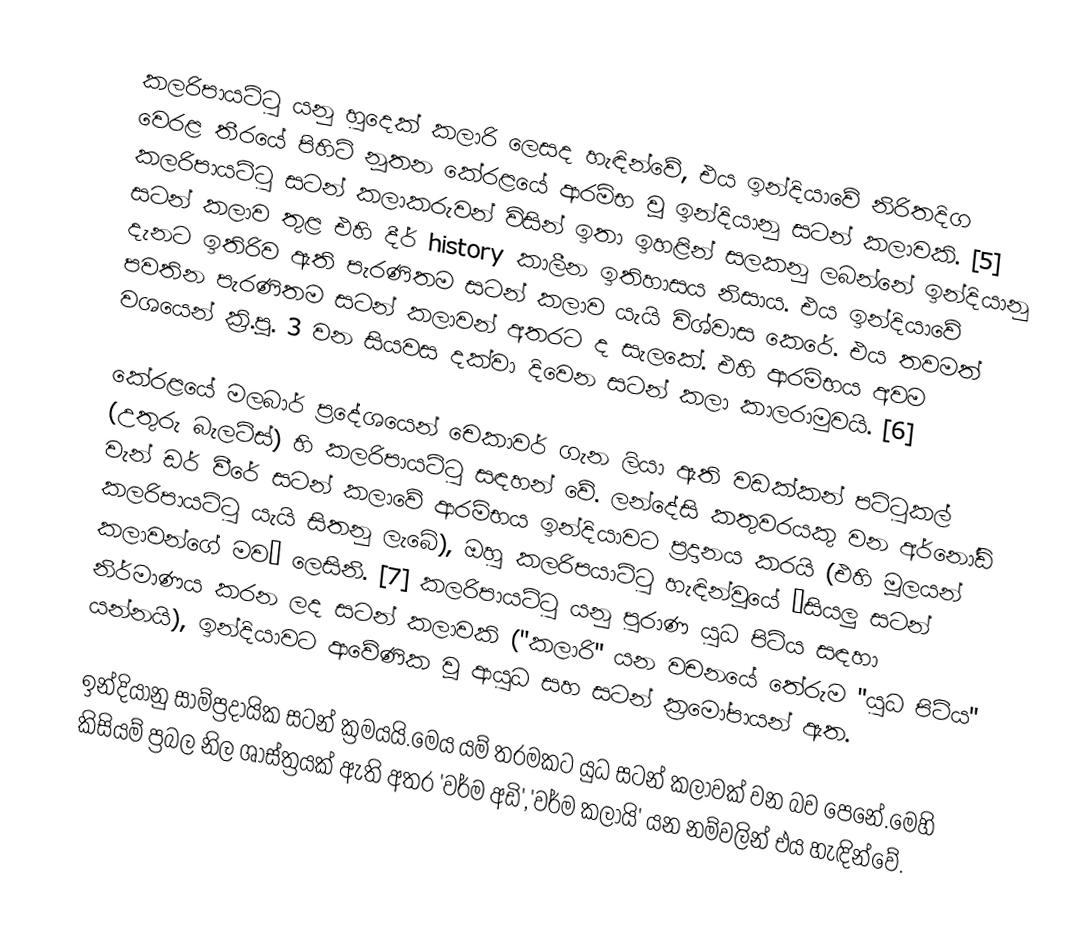
කලරිපායට්ටු යනු හුදෙක් කලාරි ලෙසද හැඳින්වේ, එය ඉන්දියාවේ නිරිතදිග වෙරළ තීරයේ පිහිටි නූතන කේරළයේ ආරම්භ වූ ඉන්දියානු සටන් කලාවකි. [5] කලරිපායට්ටු සටන් කලාකරුවන් විසින් ඉතා ඉහළින් සලකනු ලබන්නේ ඉන්දියානු සටන් කලාව තුළ එහි දීර් history කාලීන ඉතිහාසය නිසාය. එය ඉන්දියාවේ දැනට ඉතිරිව ඇති පැරණිතම සටන් කලාව යැයි විශ්වාස කෙරේ. එය තවමත් පවතින පැරණිතම සටන් කලාවන් අතරට ද සැලකේ. එහි ආරම්භය අවම වශයෙන් ක්‍රි.පූ. 3 වන සියවස දක්වා දිවෙන සටන් කලා කාලරාමුවයි. [6]

කේරළයේ මලබාර් ප්‍රදේශයෙන් චෙකාවර් ගැන ලියා ඇති වඩක්කන් පට්ටුකල් (උතුරු බැලට්ස්) හි කලරිපායට්ටු සඳහන් වේ. ලන්දේසි කතුවරයකු වන අර්නෝඩ් වැන් ඩර් වීරේ සටන් කලාවේ ආරම්භය ඉන්දියාවට ප්‍රදානය කරයි (එහි මූලයන් කලරිපායට්ටු යැයි සිතනු ලැබේ), ඔහු කලරිපයාට්ටු හැඳින්වූයේ “සියලු සටන් කලාවන්ගේ මව” ලෙසිනි. [7] කලරිපායට්ටු යනු පුරාණ යුධ පිටිය සඳහා නිර්මාණය කරන ලද සටන් කලාවකි ("කලාරි" යන වචනයේ තේරුම "යුධ පිටිය" යන්නයි), ඉන්දියාවට ආවේණික වූ ආයුධ සහ සටන් ක්‍රමෝපායන් ඇත.

ඉන්දියානු සාම්ප්‍රදායික සටන් ක්‍රමයයි.මෙය යම් තරමකට යුධ සටන් කලාවක් වන බව පෙනේ.මෙහි කිසියම් ප්‍රබල නිල ශාස්ත්‍රයක් ඇති අතර 'වර්ම අඩි','වර්ම කලායි' යන නම්වලින් එය හැඳින්වේ.